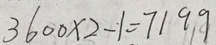
3 6 0 0 \times 2 - 1 = 7 1 9 9